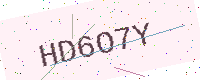
Text: HD6O7Y